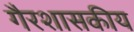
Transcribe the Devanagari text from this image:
गैरशासकीय